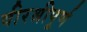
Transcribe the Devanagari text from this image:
वीरश्रीपूर्ण